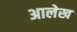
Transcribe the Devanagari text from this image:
अालेख